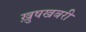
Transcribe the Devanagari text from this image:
ख़ुषखबरी